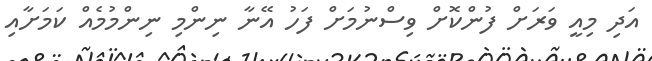
އަދި މިއީ ވަރަށް ފުންކޮށް ވިސްނުމަށް ފަހު އޭނާ ނިންމި ނިންމުމެއް ކަމަށާއި